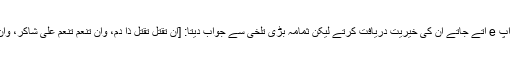
وقت پر کھانا پینا اور آرام وغیرہ : آپ e آتے جاتے ان کی خیریت دریافت کرتے لیکن ثمامہ بڑی تلخی سے جواب دیتا: [ان تقتل تقتل ذا دم، وان تنعم تنعم علی شاكر، وان كنت ترید المال فسأل منه ما شئت۔